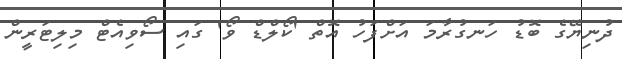
ދުނިޔޭގެ ބޮޑު ހަނގުރާމަ އަށްފަހު އޮތް 'ކޯލްޑް ވޯ' ގައި ސޯވިއެޓް މިލިޓަރީން